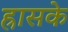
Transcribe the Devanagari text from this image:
ह्रासके